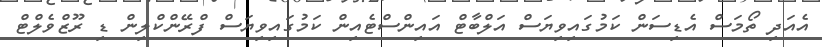
އެއަދި ތޯމަސް އެޑިސަން ކަމުގައިވިޔަސް އަލްބާޓް އައިންސްޓެއިން ކަމުގައިވިޔަސް ފްރޭންކްލިން ޑި ރޫޒްވެލްޓް